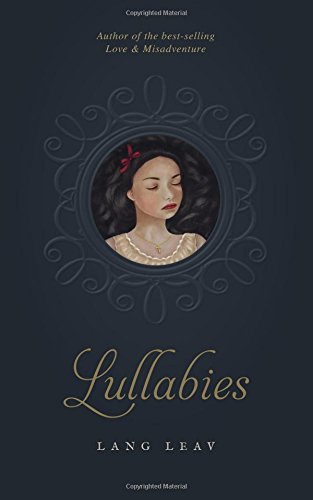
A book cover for Lullabies; Lang Leav; Literature & Fiction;